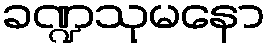
ခဏ္ဍသုမနော